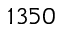
1 3 5 0